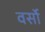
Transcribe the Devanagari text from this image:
वर्सो